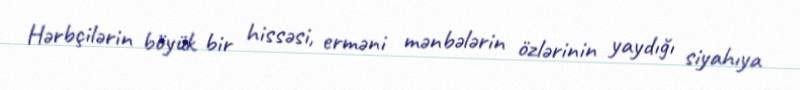
Hərbçilərin böyük bir hissəsi, erməni mənbələrin özlərinin yaydığı siyahıya